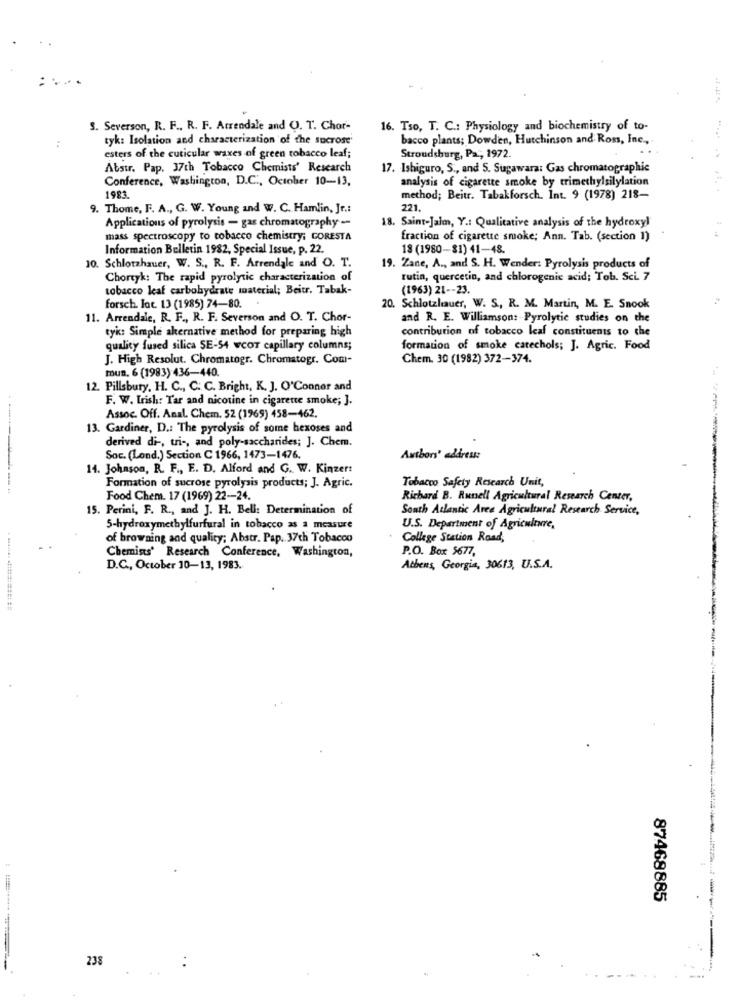
3. Severson, R. F ., R. F. Arrendale and Q. T. Chor-
16. Tso, T. C .: Physiology and biochemistry of to-
tyk: Isolation and characterization of the sucrose'
bacco plants; Dowden, Hutchinson and Ross, Inc .,
esters of the cuticular waxes of green tobacco leaf;
Stroudsburg, Pa .; 1972.
.
Abstr. Pap. 37th Tobacco Chemists' Research
17. Ishiguro, S ., and S. Sugawara: Gas chromatographic
Conference, Washington, D.C ., October 10-13,
analysis of cigarette smoke by trimethylsilylation
1983.
method; Beitr. Tabakforsch. Int. 9 (1978) 218-
9. Thome, F. A ., G. W. Young and W. C. Hamlin, Jr .:
221.
Applications of pyrolysis - gas chromatography --
18. Saint-Jalm, Y .: Qualitative analysis of the hydroxyl
mass spectroscopy to tobacco chemistry; CORESTA
fraction of cigarette smoke; Ann. Tab. (section 1)
Information Bulletin 1982, Special Issue, p. 22.
18 (1980-81) 41-48.
10. Schlotzhauer, W. S ., R. F. Arrendale and O. T.
19. Zane, A ., and S. H. Wender: Pyrolysis products of
Chortyk: The rapid pyrolytic characterization of
rutin, quercetin, and chlorogenic acid; Tob. Sci. 7
tobacco leaf carbohydrate material; Beitr. Tabak-
(1963) 21 -- 23.
forsch. Jat. 13 (1985) 74-80.
20. Schlotzlauer, W. S ., R. M. Martin, M. E. Snook
11. Arrendale, R. F ., R. F. Severson and O. T. Chor-
and R. E. Williamson: Pyrolytic studies on the
tyk: Simple akernative method for preparing high
contribution of tobacco leaf constituents to che
quality fused silica SE-54 wcor capillary columns;
formation of smoke catechols; J. Agric. Food
J. High Resolut. Chromatogr. Chromatogr. Com-
Chem. 30 (1982) 372-374.
mun. 6 (1983) 436-440.
12. Pillsbury, H. C ., C. C. Bright, K. J. O'Connor and
F. W. Lrish: Tar and nicotine in cigarette smoke; ].
Assoc. Off. Anal. Chem. 52 (1969) 458-462.
13. Gardiner, D .: The pyrolysis of some hexoses and
derived di -, tri -, and poly-saccharides; J. Chem.
Soc. (Lond.) Section C 1966, 1473-1476.
Authors' address:
14. Johnson, R. F ., E. D. Alford and G. W. Kinzert
Tobacco Safety Research Unit,
Formation of sucrose pyrolysis products; J. Agric.
Food Chem. 17 (1969) 22-24.
Richard B. Russell Agricultural Research Center,
15. Perini, F. R ., and J. H. Bell: Determination of
South Atlantic Area Agricultural Research Service,
5-hydroxymethylfurfural in tobacco as a measure
U.S. Department of Agriculture,
of browning and quality; Abstr. Pap. 37th Tobacco
College Station Road,
P.O. Box 5677,
Chemists' Research Conference, Washington,
D.C ., October 10-13, 1983.
Athens, Georgia, 30613, U.S.A.
87468885
238
..